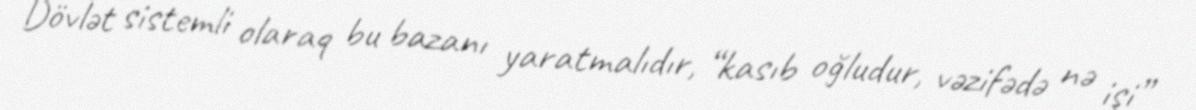
Dövlət sistemli olaraq bu bazanı yaratmalıdır, “kasıb oğludur, vəzifədə nə işi”